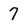
Character: 7